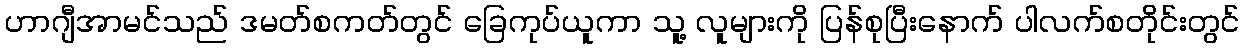
ဟာဂျီအာမင်သည် ဒမတ်စကတ်တွင် ခြေကုပ်ယူကာ သူ့ လူများကို ပြန်စုပြီးနောက် ပါလက်စတိုင်းတွင်